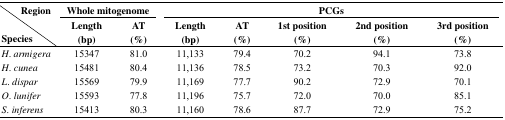
| Region | <COLSPAN=2> Whole mitogenome | <COLSPAN=5> PCGs |
 | Species | Length (bp) | AT (%) | Length (bp) | AT (%) | 1st position (%) | 2nd position (%) | 3rd position (%) |
 | --- | --- | --- | --- | --- | --- | --- | --- |
 | H. armigera | 15347 | 81.0 | 11,133 | 79.4 | 70.2 | 94.1 | 73.8 |
 | H. cunea | 15481 | 80.4 | 11,136 | 78.5 | 73.2 | 70.3 | 92.0 |
 | L. dispar | 15569 | 79.9 | 11,169 | 77.7 | 90.2 | 72.9 | 70.1 |
 | O. lunifer | 15593 | 77.8 | 11,196 | 75.7 | 72.0 | 70.0 | 85.1 |
 | S. inferens | 15413 | 80.3 | 11,160 | 78.6 | 87.7 | 72.9 | 75.2 |